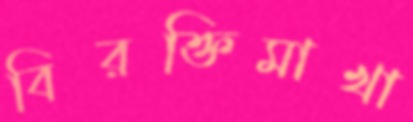
বিরক্তিমাখা